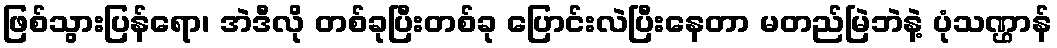
ဖြစ်သွားပြန်ရော၊ အဲဒီလို တစ်ခုပြီးတစ်ခု ပြောင်းလဲပြီးနေတာ မတည်မြဲဘဲနဲ့ ပုံသဏ္ဌာန်